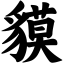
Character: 貘